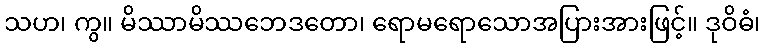
သဟ၊ ကွ။ မိဿာမိဿဘေဒတော၊ ရောမရောသောအပြားအားဖြင့်။ ဒုဝိဓံ၊